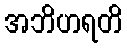
အဘိဟရတိ